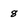
Character: 8